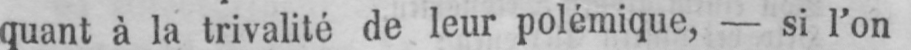
quant à la trivalité de leur polémique, - si l’on